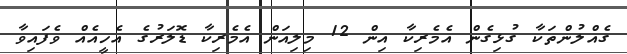
ގެއްލުންތަކާ ގުޅިގެން އެމެރިކާ އިން 12 މިލިއަން އެމެރިކާ ޑޮލަރުގެ އެހީއެއް ވެފައިވާ